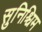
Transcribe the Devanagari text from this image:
सुनिश्चिम